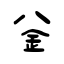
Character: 釡